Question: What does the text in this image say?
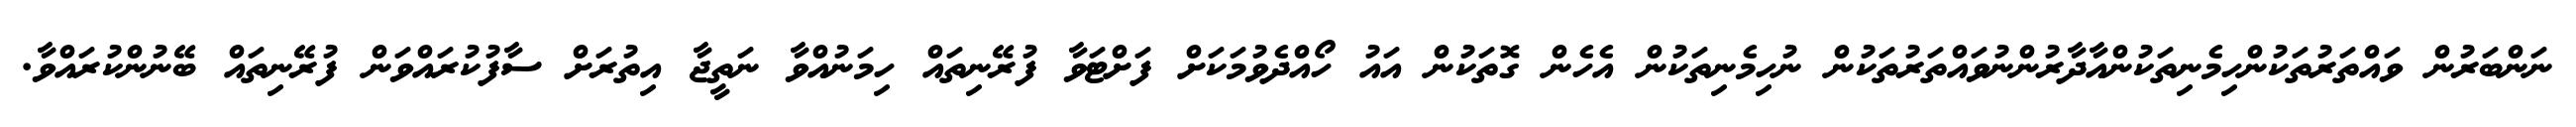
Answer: ނަންބަރުން ވައްތަރުތަކުންހިމެނިތަކުންއާދާރުންނުވައްތަރުތަކުން ނުހިމެނިތަކުން އެހެން ގޮތަކުން އައު ހޯއްދެވުމަކަށް ފަށްޓަވާ ފުރޭނިތައް ހިމަނުއްވާ ނަތީޖާ އިތުރަށް ސާފުކުރައްވަން ފުރޭނިތައް ބޭނުންކުރައްވާ.